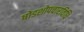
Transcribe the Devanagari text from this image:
षोडशोपचारविधि